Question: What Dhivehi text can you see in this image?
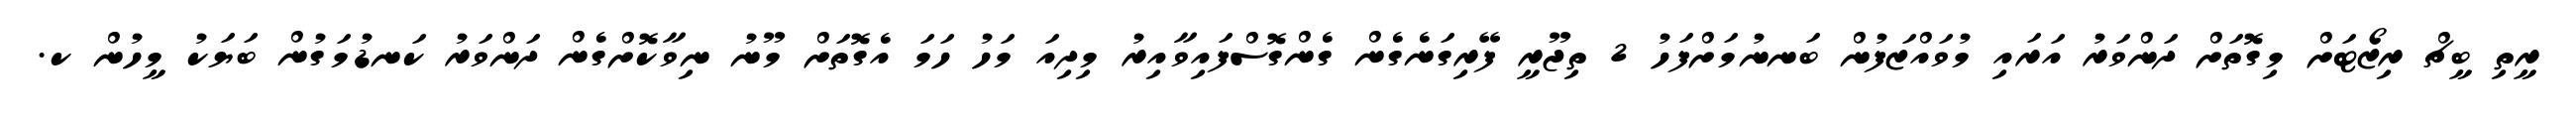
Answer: ރީތި ބީޗް ރިޒޯޓަށް މިގޮތަށް ދަންވަރު އަރައި މުވައްޒަފުން ބަނނުމަށްފަހު 2 ތިޖޫރީ ފޭރިގަނެގެން ގެންގޮސްފައިވާއިރު މިދިއަ މަހު ހަމަ އެގޮތަށް މޫނު ނިވާކޮށްގެން ދަންވަރު ކަނޑުމަގުން ބަޔަކު މީހުން ކ.